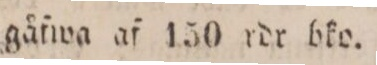
gåfwa af 150 rdr bko.